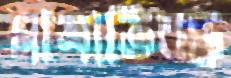
মাত্রাতিরক্ত